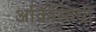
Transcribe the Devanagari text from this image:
अक्रिस्तियों